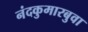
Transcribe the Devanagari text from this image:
नंदकुमारबुवा